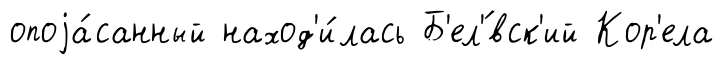
опоjа́санный наход'и́лась Б'ел'́вск'ий Кор'ела